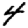
Digit: 4